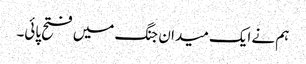
ہم نے ایک میدان جنگ میں فتح پائی۔